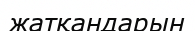
жатқандарын